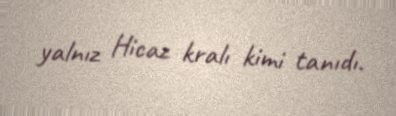
yalnız Hicaz kralı kimi tanıdı.